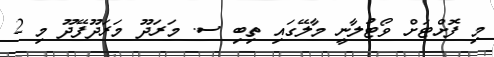
މި ފޮށްޓަށް ވޯޓުލާނީ މާލޭގައި ތިބި ސ. މަރަދޫ މަރަދޫފޭދޫ މި 2